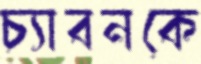
চ্যাবনকে